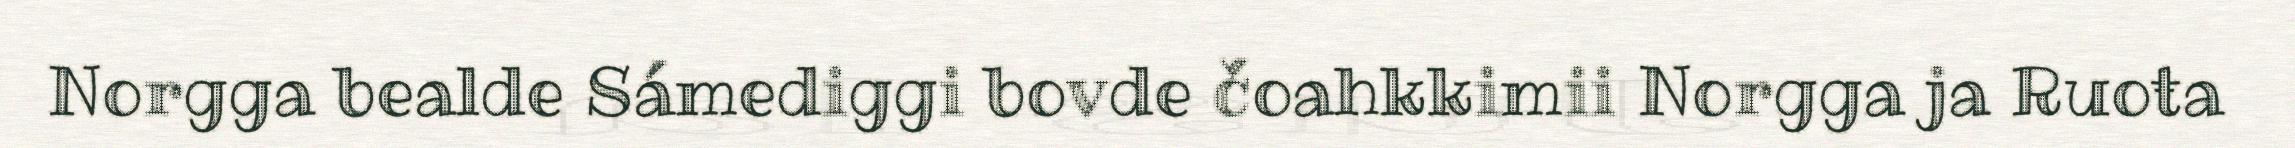
Norgga bealde Sámediggi bovde čoahkkimii Norgga ja Ruoŧa